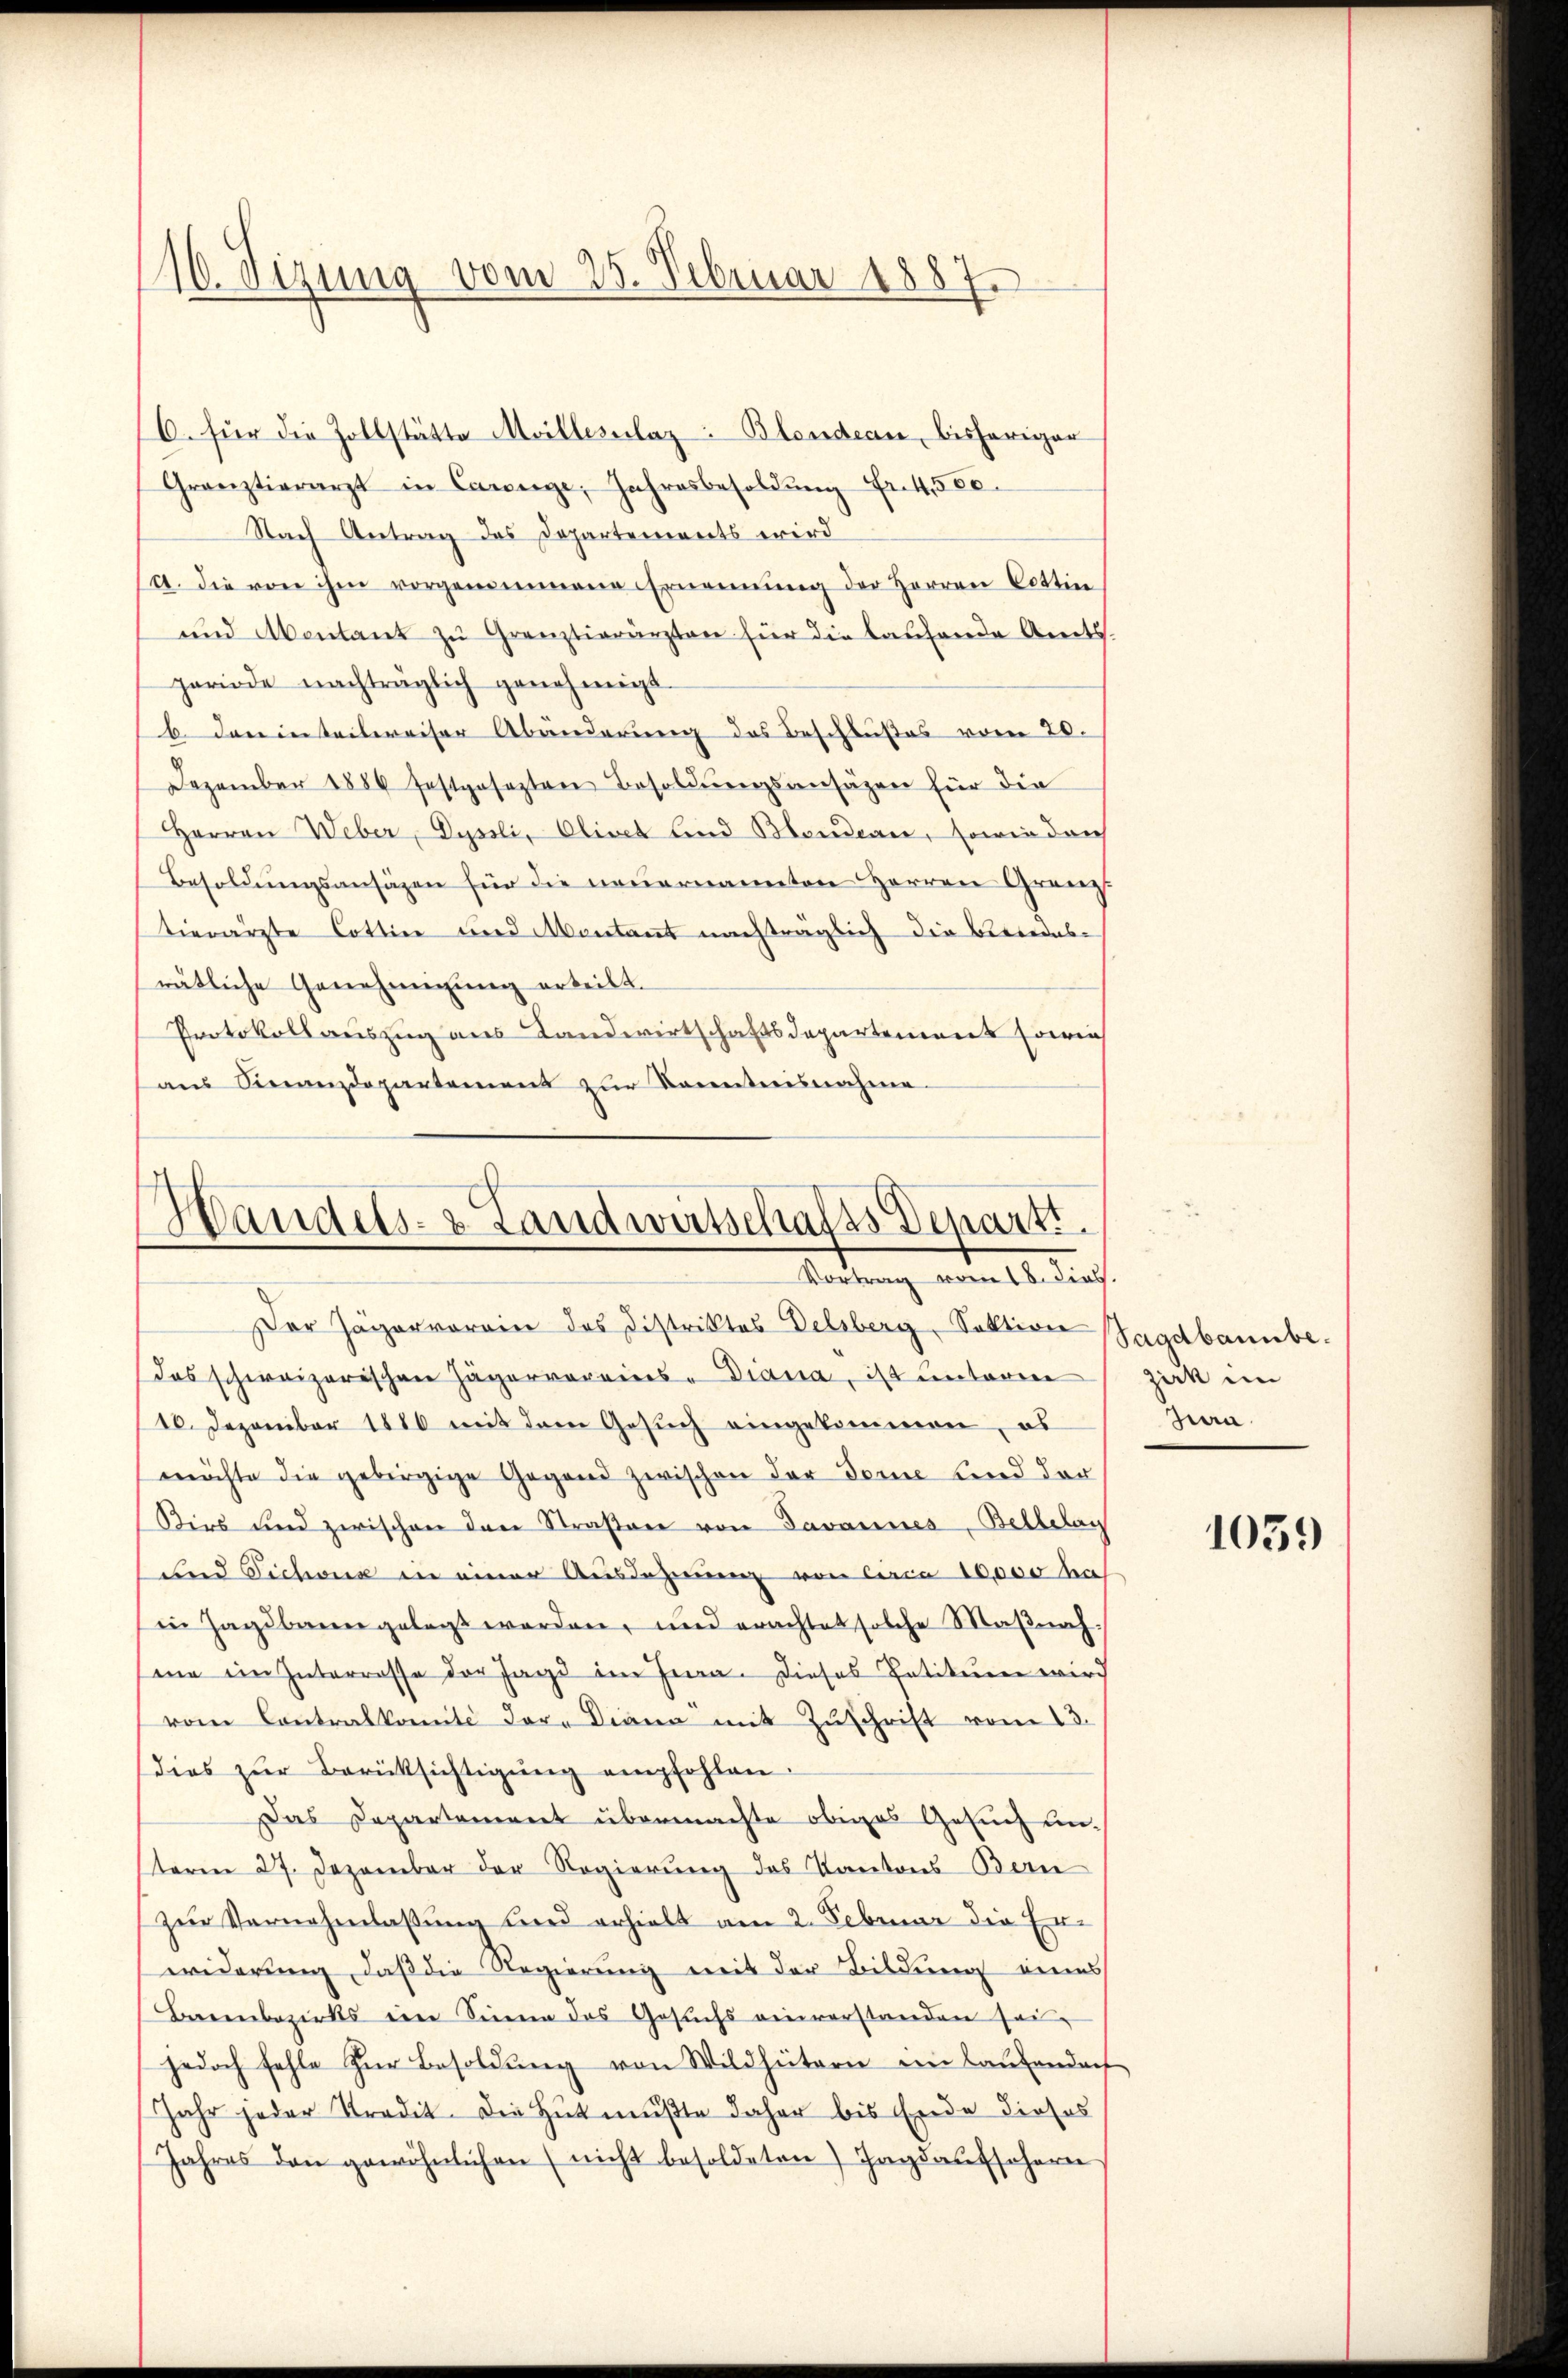
10. Seizung vom 25. Februar 1887.

C. für die Zollstätte Meillesalaz: Blondean, bisheriger
Granztierarzt in Carige, Jahresbesoldŭng Fr. 4500.
Nach Antrag das Departements wird
/A. die von ihm vorgenommene Ernennung der Herren Cottin
und Abentant zu Grenztierärzten für die laufende Amtsperiode nachträglich genehmigt.
b. den inteilweiser Abänderung des Beschlußes vom 20.
Dezember 1886 festgesezten Besoldŭngsansätzen für die
Herren Weber, Dyssli, Olivet sind Blendern, sowie durch
Besoldungsansäzen für die neuernannten Herren Gränzt
tierärzte Cottin und Montant nachträglich die Besiedes-
rätliche Genehmigung erteilt.
Protokollauszug aus Landwirtschaftsdepartement sowie
aŭs Finanzdepartement zŭr Kenntnisnahme

.
Landels- & Landwirtschafts Departi.
Vortrag vom 18. dies.

Der Jäger voran des Distriktes Delsberg, Sektion Jagdbannbe-
Das schweizerischen Jägervereins-Diana, ist unterm
10. Dezember 1880 mit dem Gesuch eingekommen, es
möchte die gebirgige Gegend zwischen der Ferne und der
Kirs und zwischen den Straßen von Javannes, Bellelau
und Tichwer in einer Ausdehnung von Circa 10,000 has
in Jagdbann gelegt werden, und erachtet solche Maβnah-
me im Interrasse der Jagd im Jena. Dieses Patikum wird
vom Contralkomité der Diana mit Zŭschrift vom 13.
dies zur Berücksichtigung empfohlen.
Das Departement übermachte obiges Gesuch unsterm 27. Dezember der Regierung des Kantons Bern
zŭr Vernehmlassŭng und erhielt am 2. Februar die Er-
widerung, daß die Regierung mit der Bildung eines
Breinbezirks ein Sinne des Gesuchs einverstanden seijedoch fehle zŭr Besoldŭng von Wildhütern ein lautendach
Jahr jeder Stradit. Die Hutmußte daher bis Ende dieses
Jahres den gewöhnlichen nicht besoldeten Tagsaufschern

zirk im
Jura.

1059